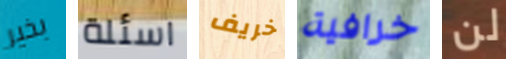
بخير اسئلة خريف خرافية لن